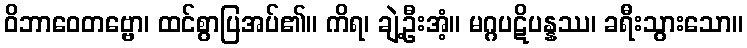
ဝိဘာဝေတဗ္ဗော၊ ထင်စွာပြအပ်၏။ ကိရ၊ ချဲ့ဦးအံ့။ မဂ္ဂပဋိပန္နဿ၊ ခရီးသွားသော။